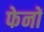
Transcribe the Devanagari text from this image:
फेनों